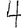
Digit: 4